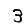
Digit: 3